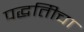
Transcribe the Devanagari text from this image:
पद्धतिीचा